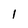
Character: 1